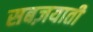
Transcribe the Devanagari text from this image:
सबज़याती